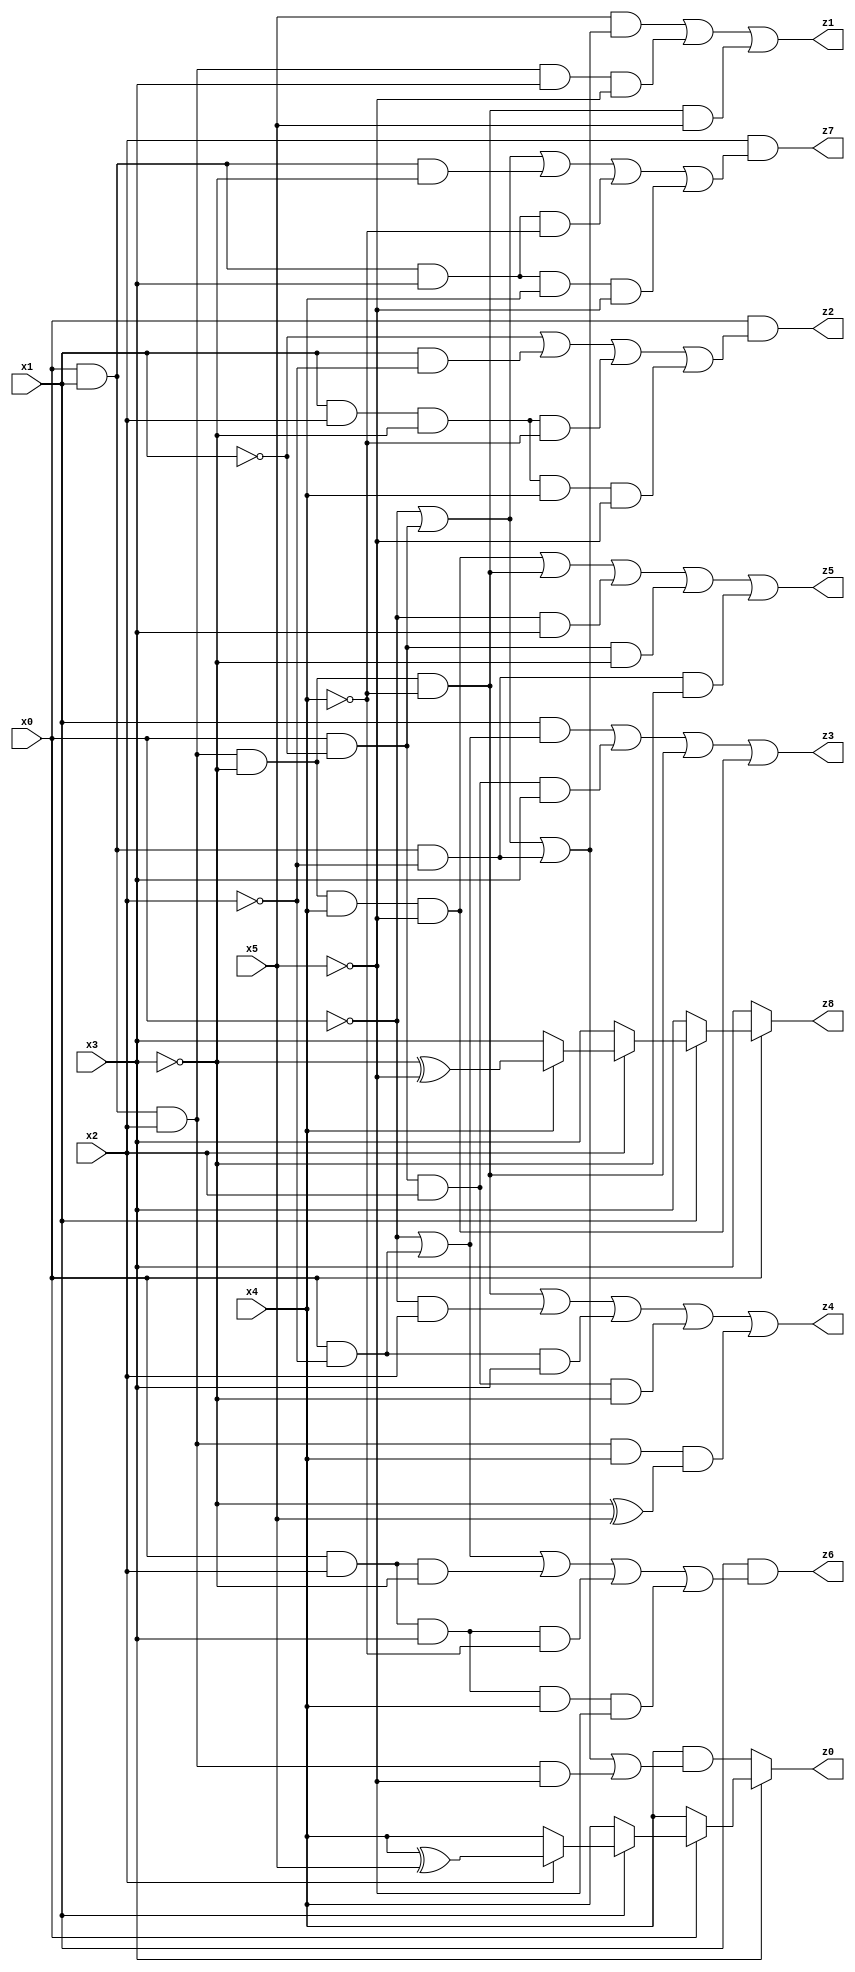
// Benchmark "X_44" written by ABC on Mon Jun 05 23:02:51 2023

module X_44 ( 
    x0, x1, x2, x3, x4, x5,
    z0, z1, z2, z3, z4, z5, z6, z7, z8  );
  input  x0, x1, x2, x3, x4, x5;
  output z0, z1, z2, z3, z4, z5, z6, z7, z8;
  assign z0 = x3 ? (x0 ? (x1 ? (x2 ? (x4 ^ x5) : x4) : x4) : x4) : (x4 & (~x0 | (x0 & ~x1) | (x0 & x1 & ~x2) | (x0 & x1 & x2 & ~x5)));
  assign z1 = (x5 & (~x0 | (x0 & ~x1) | (x0 & x1 & ~x2))) | (x0 & x1 & x2 & x3 & ~x5) | (x0 & x1 & x2 & ~x3 & ~x4 & x5);
  assign z2 = x0 & (~x1 | (x1 & ~x2) | (x1 & x2 & ~x3 & ~x4) | (x1 & x2 & ~x3 & x4 & ~x5));
  assign z3 = (x1 & (~x0 | (x0 & ~x2))) | (x0 & ~x1 & x2 & x3) | (x0 & x1 & x2 & ~x3 & ~x4) | (x0 & x1 & x2 & ~x3 & x4 & ~x5);
  assign z4 = (x0 & x1 & x2 & ~x3 & ~x4) | (~x0 & x2) | (x0 & ~x2 & x3) | (x0 & ~x1 & x2 & ~x3) | (x0 & x1 & x2 & x4 & (~x3 ^ x5));
  assign z5 = (x0 & x1 & x2 & ~x3 & x4 & ~x5) | (x0 & x1 & x2 & ~x3 & ~x4) | (~x0 & x3) | (x0 & ~x1 & ~x3) | (x0 & x1 & ~x2 & ~x3);
  assign z6 = x1 & (~x0 | (x0 & ~x2) | (x0 & x2 & ~x3) | (x0 & x2 & x3 & ~x4) | (x0 & x2 & x3 & x4 & ~x5));
  assign z7 = x2 & (~x0 | (x0 & ~x1) | (x0 & x1 & ~x3) | (x0 & x1 & x3 & ~x4) | (x0 & x1 & x3 & x4 & ~x5));
  assign z8 = x0 ? (x1 ? (x2 ? (x4 ? (~x3 ^ ~x5) : x3) : x3) : x3) : x3;
endmodule